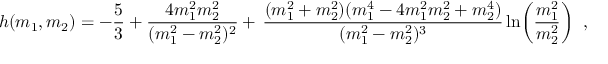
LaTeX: h ( m _ { 1 } , m _ { 2 } ) = - \frac { 5 } { 3 } + \frac { 4 m _ { 1 } ^ { 2 } m _ { 2 } ^ { 2 } } { ( m _ { 1 } ^ { 2 } - m _ { 2 } ^ { 2 } ) ^ { 2 } } + \nonumber \, \frac { ( m _ { 1 } ^ { 2 } + m _ { 2 } ^ { 2 } ) ( m _ { 1 } ^ { 4 } - 4 m _ { 1 } ^ { 2 } m _ { 2 } ^ { 2 } + m _ { 2 } ^ { 4 } ) } { ( m _ { 1 } ^ { 2 } - m _ { 2 } ^ { 2 } ) ^ { 3 } } \ln \biggl ( \frac { m _ { 1 } ^ { 2 } } { m _ { 2 } ^ { 2 } } \biggr ) \; \; ,